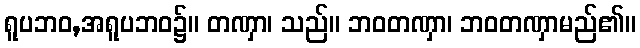
ရူပဘဝ,အရူပဘဝ၌။ တဏှာ၊ သည်။ ဘဝတဏှာ၊ ဘဝတဏှာမည်၏။